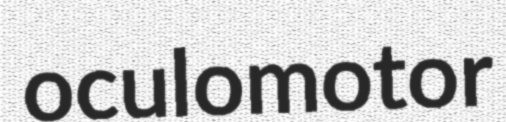
oculomotor